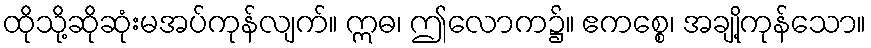
ထိုသို့ဆိုဆုံးမအပ်ကုန်လျက်။ ဣဓ၊ ဤလောက၌။ ဧကစ္စေ၊ အချို့ကုန်သော။